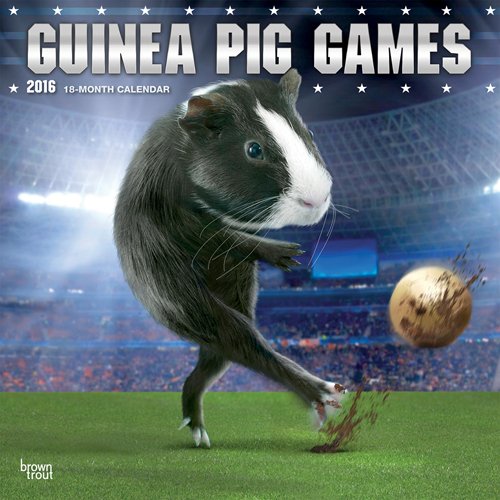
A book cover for Guinea Pig Games 2016 Square 12x12 (Multilingual Edition); Browntrout Publishers; Crafts, Hobbies & Home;